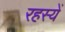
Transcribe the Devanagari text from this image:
रहस्यें